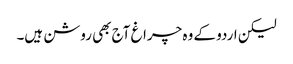
لیکن اردو کے وہ چراغ آج بھی روشن ہیں۔